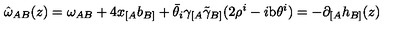
\hat { \omega } _ { A B } ( z ) = \omega _ { A B } + 4 x _ { [ A } b _ { B ] } + \bar { \theta } _ { i } \gamma _ { [ A } \tilde { \gamma } _ { B ] } ( 2 \rho ^ { i } - i \mathrm { b } \theta ^ { i } ) = - \partial _ { [ A } h _ { B ] } ( z )